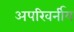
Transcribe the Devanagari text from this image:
अपरिवर्नीय